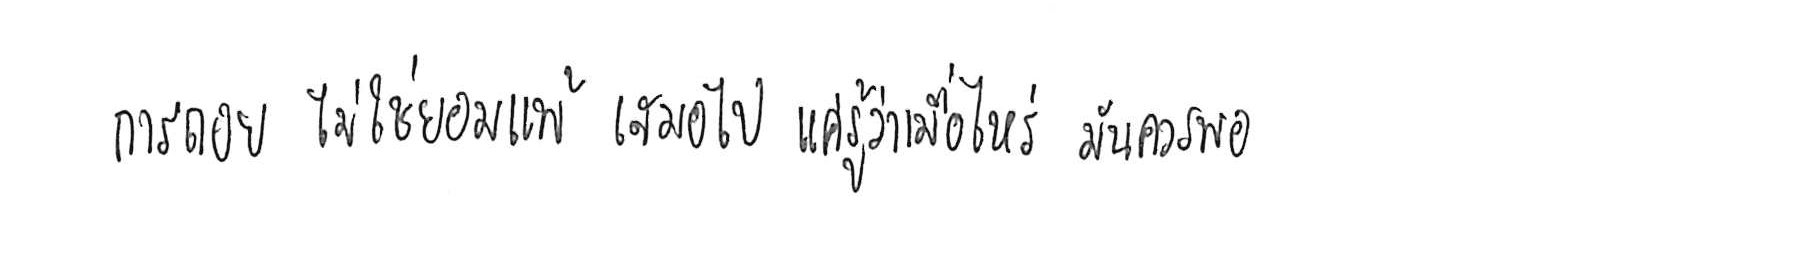
การถอย ไม่ใช่ยอมแพ้ เสมอไป แค่รู้ว่าเมื่อไหร่ มันควรพอ